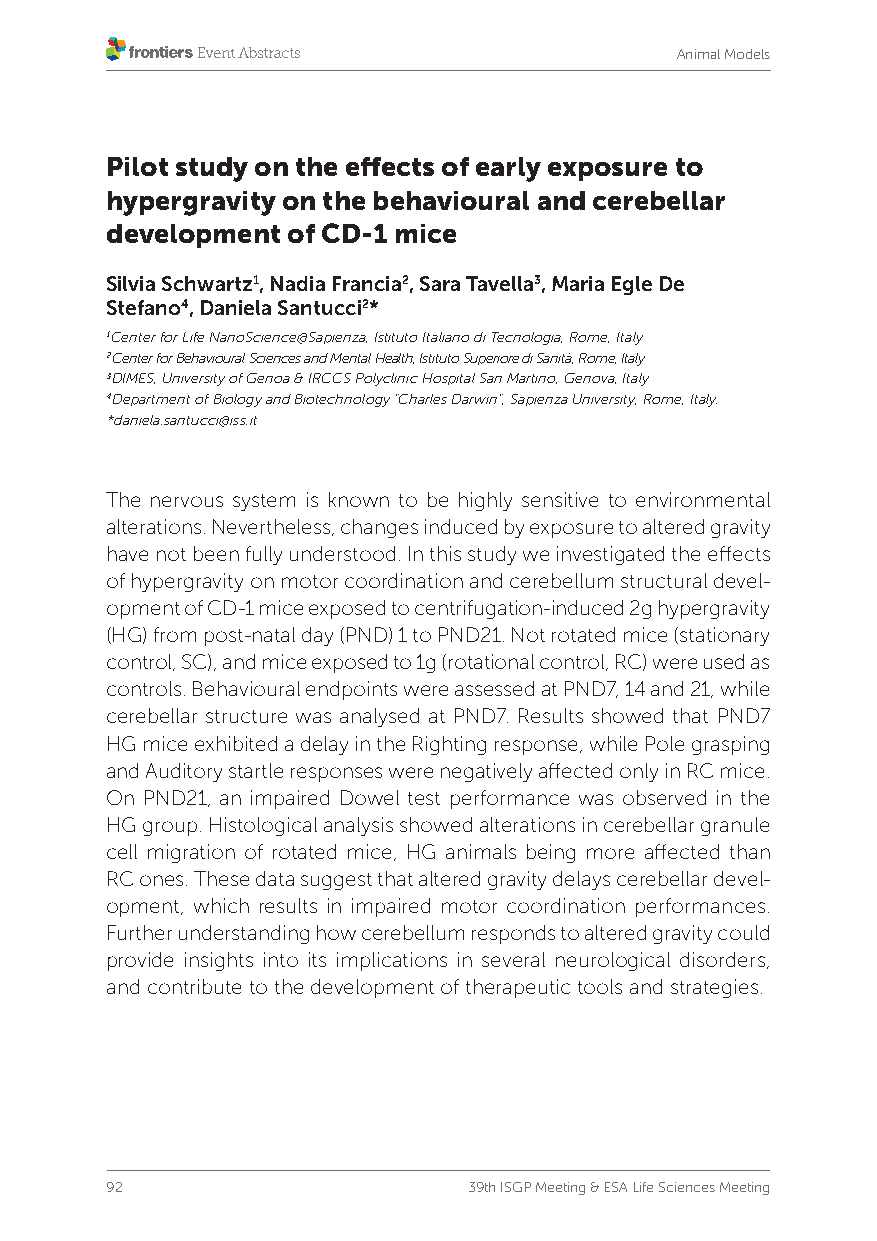
Animal Models
 Pilot study on the effects of early exposure to
 hypergravity on the behavioural and cerebellar
 development of CD-1 mice
 Silvia Schwartz1, Nadia Francia2, Sara Tavella3, Maria Egle De
 Stefano4, Daniela Santucci2*
 1Center for Life NanoScience@Sapienza, Istituto Italiano di Tecnologia, Rome, Italy
 2Center for Behavioural Sciences and Mental Health, Istituto Superiore di Sanità, Rome, Italy
 3DIMES, University of Genoa & IRCCS Polyclinic Hospital San Martino, Genova, Italy
 4Department of Biology and Biotechnology "Charles Darwin", Sapienza University, Rome, Italy.
 *daniela.santucci@iss.it
 The nervous system is known to be highly sensitive to environmental
 alterations. Nevertheless, changes induced by exposure to altered gravity
 have not been fully understood. In this study we investigated the effects
 of hypergravity on motor coordination and cerebellum structural devel-
 opment of CD-1 mice exposed to centrifugation-induced 2g hypergravity
 (HG) from post-natal day (PND) 1 to PND21. Not rotated mice (stationary
 control, SC), and mice exposed to 1g (rotational control, RC) were used as
 controls. Behavioural endpoints were assessed at PND7, 14 and 21, while
 cerebellar structure was analysed at PND7. Results showed that PND7
 HG mice exhibited a delay in the Righting response, while Pole grasping
 and Auditory startle responses were negatively affected only in RC mice.
 On PND21, an impaired Dowel test performance was observed in the
 HG group. Histological analysis showed alterations in cerebellar granule
 cell migration of rotated mice, HG animals being more affected than
 RC ones. These data suggest that altered gravity delays cerebellar devel-
 opment, which results in impaired motor coordination performances.
 Further understanding how cerebellum responds to altered gravity could
 provide insights into its implications in several neurological disorders,
 and contribute to the development of therapeutic tools and strategies.
 92                      39th ISGP Meeting & ESA Life Sciences Meeting